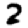
Digit: 2